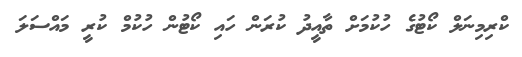
ކްރިމިނަލް ކޯޓުގެ ހުކުމަށް ތާއީދު ކުރަން ހައި ކޯޓުން ހުކުމް ކުރީ މައްސަލަ